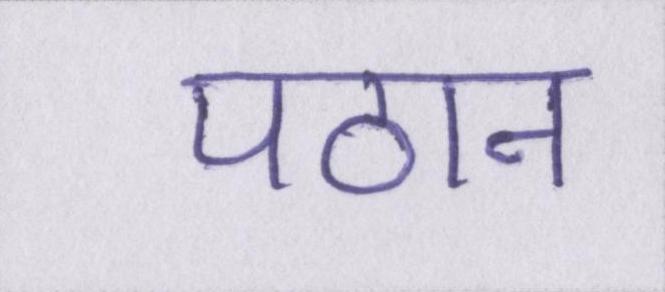
पठान